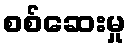
စစ်ဆေးမှု